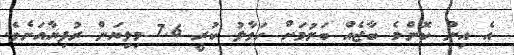
އެ އިން ކޮންމެ ބާޖެއް ބަނުމަށް ހަވާލު ކުރީ 7.6 މިލިޔަން ރުފިޔާއަށެވެ.